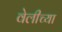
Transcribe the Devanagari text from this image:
वेलीच्या